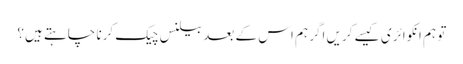
تو ہم انکوائری کیسے کریں اگر ہم اس کے بعد بیلنس چیک کرنا چاہتے ہیں؟